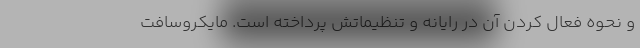
و نحوه فعال کردن آن در رایانه و تنظیماتش پرداخته است. مایکروسافت